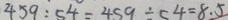
4 5 9 : 5 4 = 4 5 9 \div 5 4 = 8 . 5